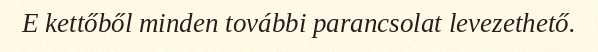
E kettőből minden további parancsolat levezethető.